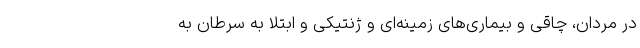
در مردان، چاقی و بیماری‌های زمینه‌ای و ژنتیکی و ابتلا به سرطان به